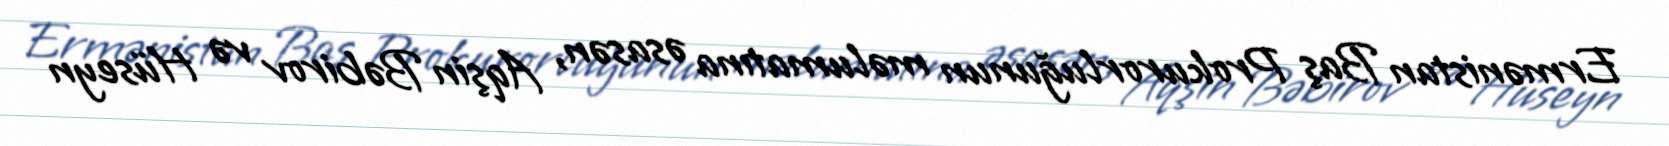
Ermənistan Baş Prokurorluğunun məlumatına əsasən, Aqşin Bəbirov və Hüseyn